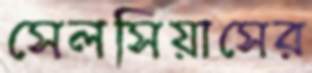
সেলসিয়াসের